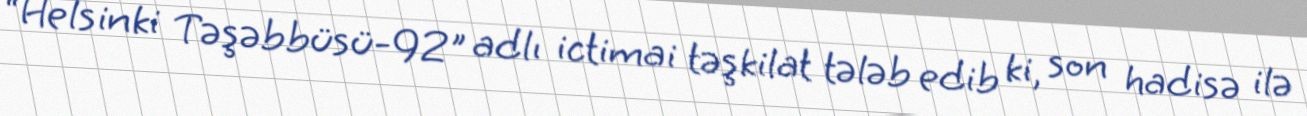
“Helsinki Təşəbbüsü-92" adlı ictimai təşkilat tələb edib ki, son hadisə ilə